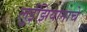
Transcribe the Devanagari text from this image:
लुईझियानाचे